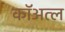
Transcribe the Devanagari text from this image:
कॉअत्ल